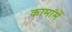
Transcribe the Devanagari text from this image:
कामांमें